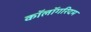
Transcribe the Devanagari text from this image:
कॉलॉगरिदम